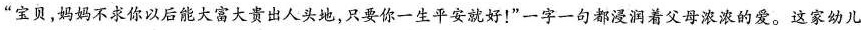
”宝贝，妈妈不求你以后能大富大贵出人头地，只要你一生平安就好！”一字一句都浸润着父母浓浓的爱。这家幼儿